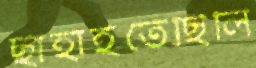
ছাহাইতেছিলি